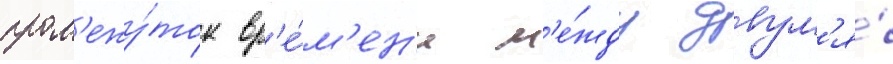
пром'ежу́ток вр'е́м'ен'и м'е́жду двум'я́